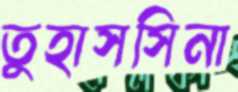
তুহাসসিনা